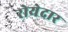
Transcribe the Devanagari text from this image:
रोयेदार